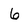
Character: 6